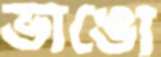
ভাঙো